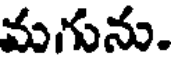
మగును.